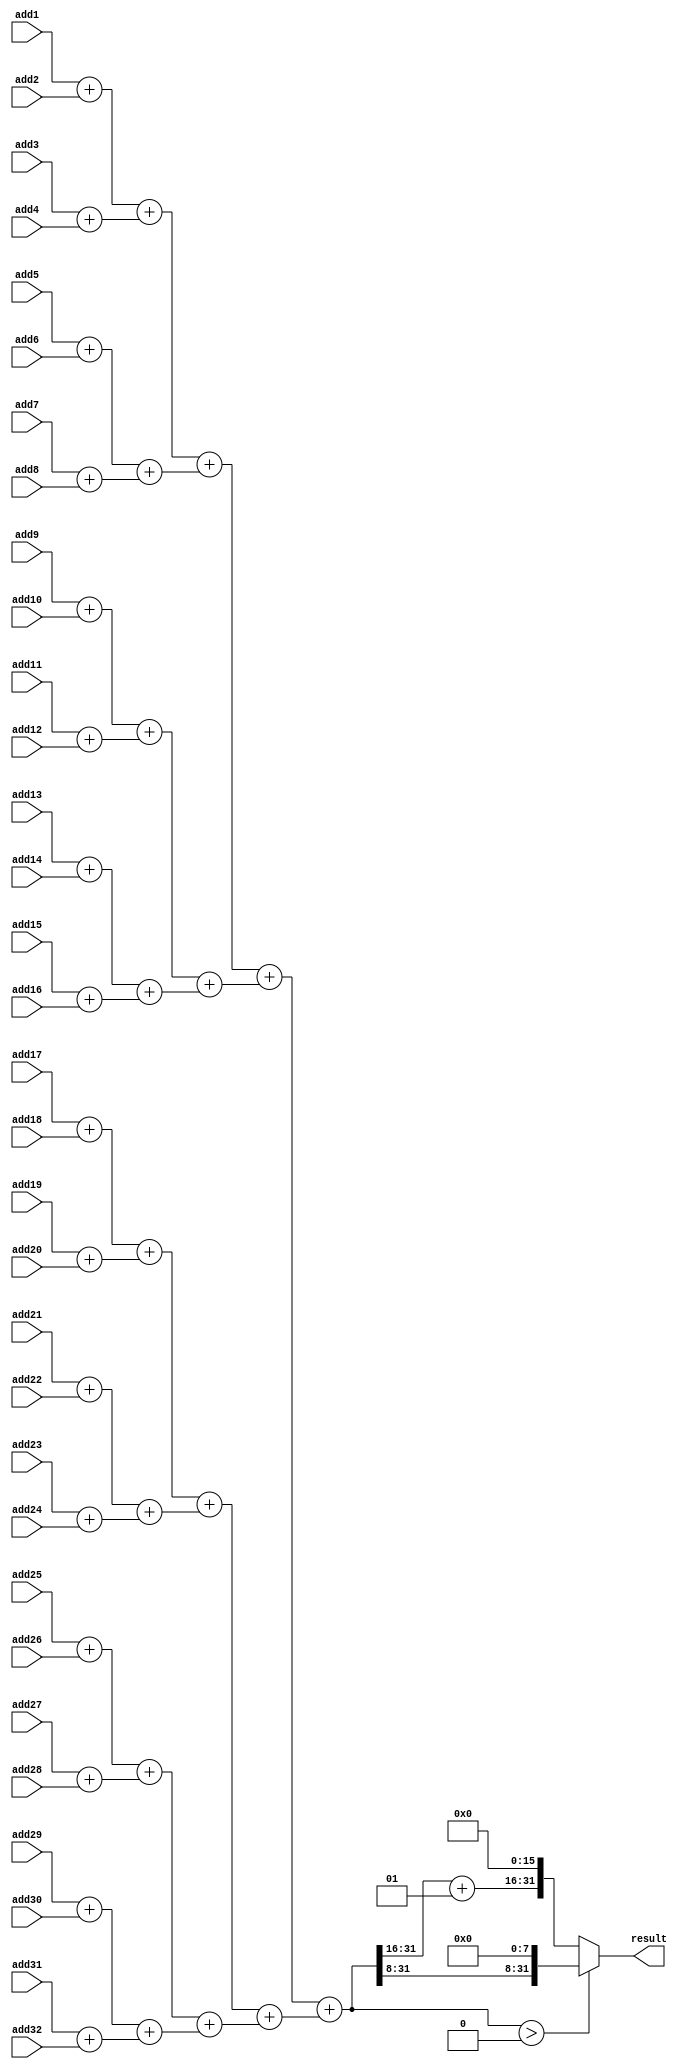
module tree_adder(
add1,
add2,
add3,
add4,
add5,
add6,
add7,
add8,
add9,
add10,
add11,
add12,
add13,
add14,
add15,
add16,
add17,
add18,
add19,
add20,
add21,
add22,
add23,
add24,
add25,
add26,
add27,
add28,
add29,
add30,
add31,
add32,

result

);
input signed [35:0] add1;
input signed [35:0] add2;
input signed [35:0] add3;
input signed [35:0] add4;
input signed [35:0] add5;
input signed [35:0] add6;
input signed [35:0] add7;
input signed [35:0] add8;
input signed [35:0] add9;
input signed [35:0] add10;
input signed [35:0] add11;
input signed [35:0] add12;
input signed [35:0] add13;
input signed [35:0] add14;
input signed [35:0] add15;
input signed [35:0] add16;
input signed [35:0] add17;
input signed [35:0] add18;
input signed [35:0] add19;
input signed [35:0] add20;
input signed [35:0] add21;
input signed [35:0] add22;
input signed [35:0] add23;
input signed [35:0] add24;
input signed [35:0] add25;
input signed [35:0] add26;
input signed [35:0] add27;
input signed [35:0] add28;
input signed [35:0] add29;
input signed [35:0] add30;
input signed [35:0] add31;
input signed [35:0] add32;
output reg signed [31:0]  result;

reg signed [35:0] stage2_add[15:0];


reg signed [35:0] stage3_add[7:0];


reg signed [35:0] stage4_add[3:0];


reg signed [35:0] stage5_add[1:0];

reg signed [35:0] result_ ;
wire signed [35:0]debug ;
reg signed [15:0] test ;
integer i;
assign debug=$signed(add1)+$signed(add2);
always@(*)
begin
	
	stage2_add[0]=$signed(add1)+$signed(add2);
	
	stage2_add[1]=$signed(add3)+$signed(add4);
	
	stage2_add[2]=$signed(add5)+$signed(add6);
	
	stage2_add[3]=$signed(add7)+$signed(add8);
	
	stage2_add[4]=$signed(add9)+$signed(add10);
	
	stage2_add[5]=$signed(add11)+$signed(add12);
	
	stage2_add[6]=$signed(add13)+$signed(add14);
	
	stage2_add[7]=$signed(add15)+$signed(add16);
	
	stage2_add[8]=$signed(add17)+$signed(add18);
	
	stage2_add[9]=$signed(add19)+$signed(add20);
	
	stage2_add[10]=$signed(add21)+$signed(add22);
	
	stage2_add[11]=$signed(add23)+$signed(add24);
	
	stage2_add[12]=$signed(add25)+$signed(add26);
	
	stage2_add[13]=$signed(add27)+$signed(add28);
	
	stage2_add[14]=$signed(add29)+$signed(add30);
	
	stage2_add[15]=$signed(add31)+$signed(add32);
	
	for (i=0;i<8;i=i+1)
	begin
		stage3_add[i]=$signed(stage2_add[i*2])+$signed( stage2_add[(i*2)+1] );
	end
	for (i=0;i<4;i=i+1)
	begin
		stage4_add[i]=$signed(stage3_add[i*2])+$signed( stage3_add[(i*2)+1] );
	end
	for (i=0;i<2;i=i+1)
	begin
		stage5_add[i]=$signed(stage4_add[i*2])+$signed( stage4_add[(i*2)+1] );
	end
	result_=$signed(stage5_add[0])+$signed(stage5_add[1]);
	test=$signed({result_[31:16]})+$signed(16'd1);
	result=($signed(result_)>$signed(31'd0))?{result_[31:8],8'h00}:{test,16'h0000};
end












endmodule